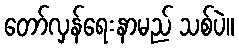
တော်လှန်ရေးနာမည် သစ်ပဲ။